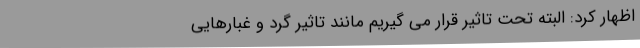
اظهار کرد: البته تحت تاثیر قرار می گیریم مانند تاثیر گرد و غبارهایی